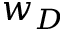
w _ { D }